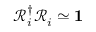
\mathcal { R } _ { i } ^ { \dagger } \mathcal { R } _ { i } \simeq \mathbf { 1 }